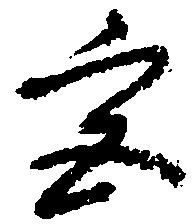
宮